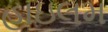
હાઇલમ